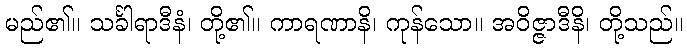
မည်၏။ သင်္ခါရာဒီနံ၊ တို့၏။ ကာရဏာနိ၊ ကုန်သော။ အဝိဇ္ဇာဒီနိ၊ တို့သည်။